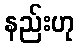
နည်းဟု